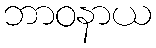
ဘာဝနာယ